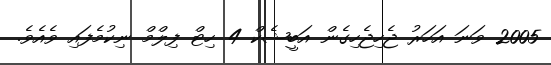
2005 ވަނަ އަހަރު ޖެހިޖެހިގެން އަބީޝެކް 4 ހިޓް ފިލްމް ނިކުމެފައި ވެއެވެ.